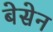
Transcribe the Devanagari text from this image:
बेसेन